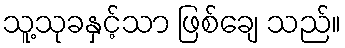
သူ့သုခနှင့်သာ ဖြစ်ချေ သည်။